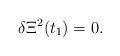
LaTeX: \begin{align*}\delta\Xi^{2}(t_{1})=0.\end{align*}